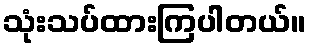
သုံးသပ်ထားကြပါတယ်။